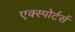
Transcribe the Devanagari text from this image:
एक्स्पोर्टर्स